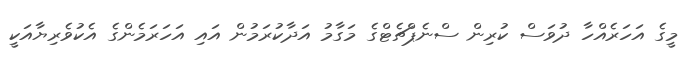
މީގެ އަހަރެއްހާ ދުވަސް ކުރިން ސްނެޕްޗެޓްގެ މަގާމު އަދާކުރަމުން އައި އަހަރަމެންގެ އެކުވެރިޔާއަކީ